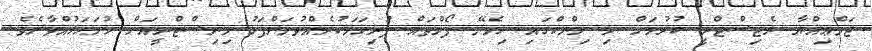
ޖަމްޢިއްޔާ ރެޖިސްޓްރީ ކުރުމަށް މި ލިންކްގައި ހިމެނޭ ފޯމްތައް ފުރިހަމަކުރެއްވުމަށްފަހު މިނިސްޓްރީއަށް ހުށަހަޅުއްވާށެވެ.